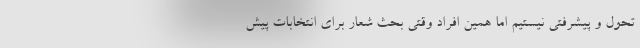
تحول و پیشرفتی نیستیم اما همین افراد وقتی بحث شعار برای انتخابات پیش